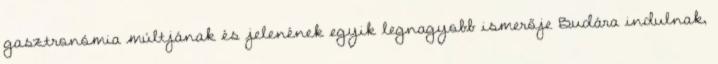
gasztronómia múltjának és jelenének egyik legnagyobb ismerője Budára indulnak,